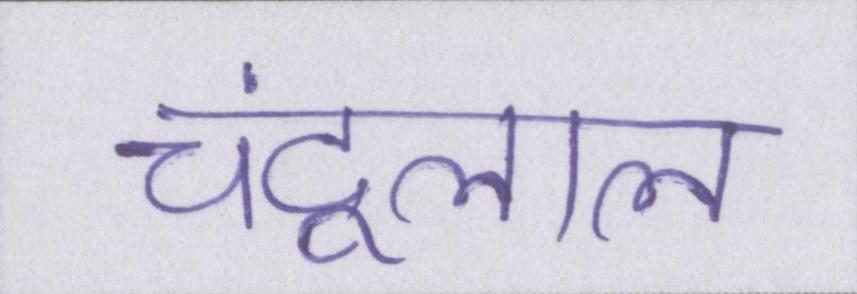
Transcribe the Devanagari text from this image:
चंदूलाल